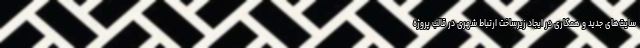
سایت‌های جدید و همکاری در ایجاد زیرساخت ارتباط شهری در قالب پروژه